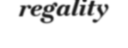
regality